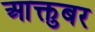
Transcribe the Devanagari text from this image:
आक्तुबर